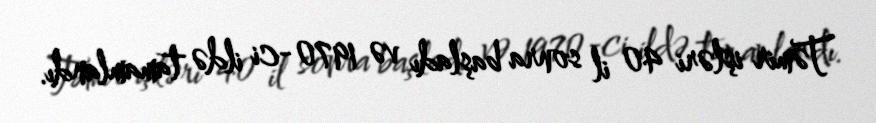
Təmir işləri 40 il sonra başladı və 1970-ci ildə tamamlandı.